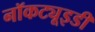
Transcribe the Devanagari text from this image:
नॉकट्यूइडी